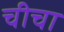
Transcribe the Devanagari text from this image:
चीचा